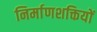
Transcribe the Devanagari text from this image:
निर्माणशक्तियों